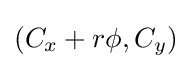
(C_{x}+r\phi ,C_{y})